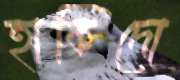
হাকিদো